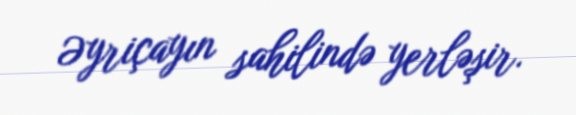
Əyriçayın sahilində yerləşir.